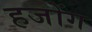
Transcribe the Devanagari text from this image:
हजोंग